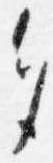
多